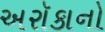
અરૉકાનો